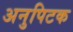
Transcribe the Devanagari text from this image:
अनुपिटक